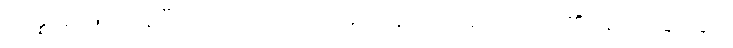
ဥပ္ပန္နာနံ၊ ဖြစ်ကုန်ပြီးသော။ ဝေယျာဗျာဓိကာနံ၊ ဓာတ်လေးပါးတို့၏ချောက်ခြားခြင်း